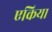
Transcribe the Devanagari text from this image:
एकिया